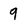
Character: 9